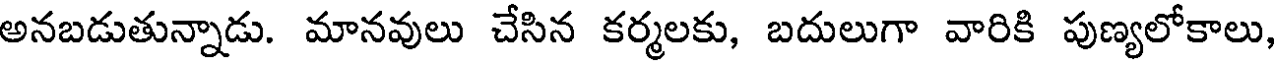
అనబడుతున్నాడు. మానవులు చేసిన కర్మలకు, బదులుగా వారికి పుణ్యలోకాలు,